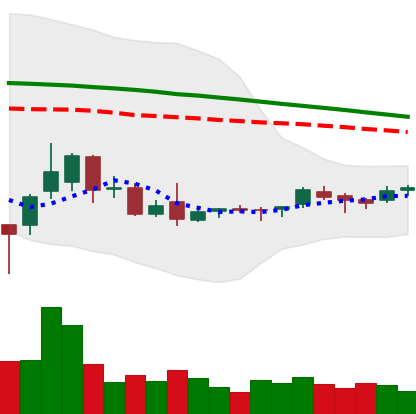
Ticker: ETC-USD
Chart end date: 2018-09-02
Forward return: -12.233%
Label: down_7plus